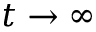
t \to \infty